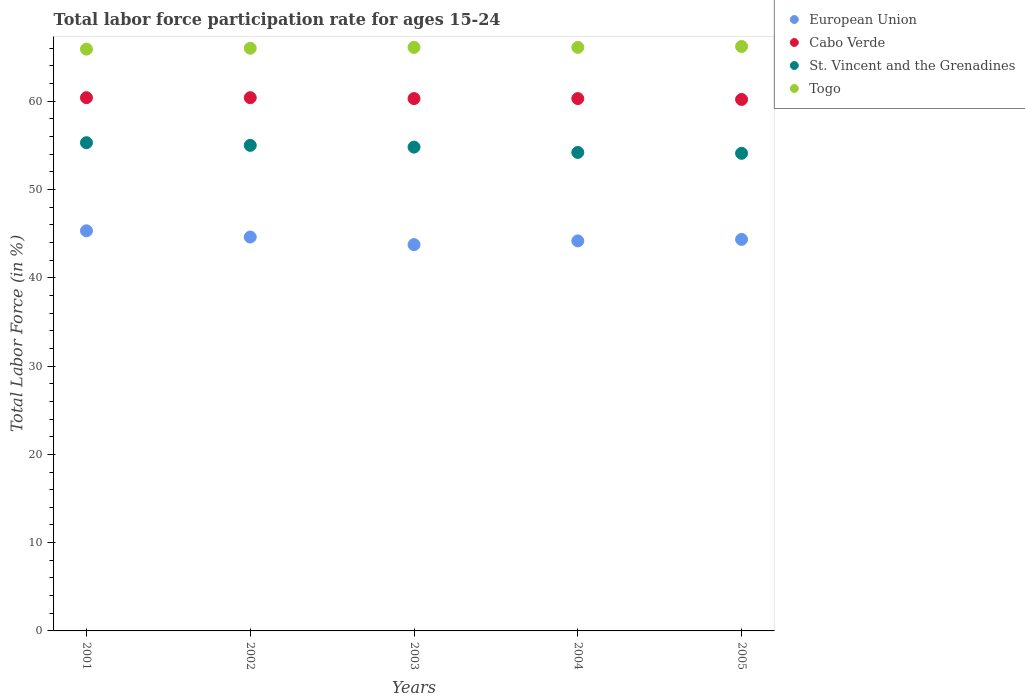
| Years | European Union | Cabo Verde | St. Vincent and the Grenadines | Togo |
 | --- | --- | --- | --- | --- |
 | 2001 | 45.3 | 60.4 | 55.3 | 65.9 |
 | 2002 | 44.6 | 60.4 | 55 | 66 |
 | 2003 | 43.8 | 60.3 | 54.8 | 66.1 |
 | 2004 | 44.2 | 60.3 | 54.2 | 66.1 |
 | 2005 | 44.4 | 60.2 | 54.1 | 66.2 |